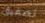
تصفيق